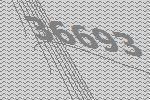
36693